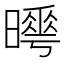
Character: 𣋌